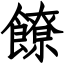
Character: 䭜